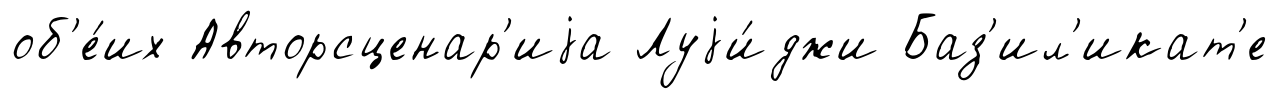
об'е́их Авторсценар'иjа Луjи́джи Баз'ил'икат'е